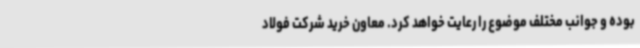
بوده و جوانب مختلف موضوع را رعایت خواهد کرد. معاون خرید شرکت فولاد